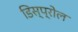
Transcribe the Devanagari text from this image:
डिस्प्रोल